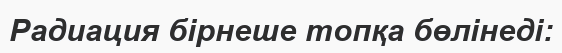
Радиация бірнеше топқа бөлінеді: